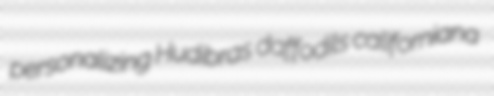
personalizing Hudibras daffodils californiana